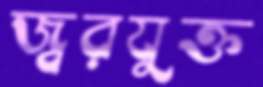
জ্বরযুক্ত